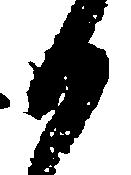
か